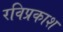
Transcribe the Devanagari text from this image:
रविप्रकाश